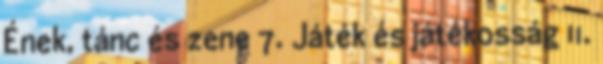
Ének, tánc és zene 7. Játék és játékosság 11.